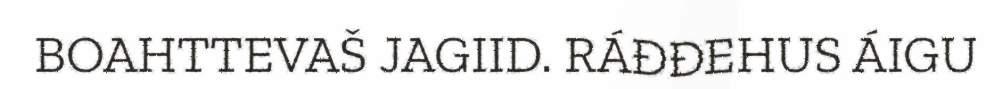
BOAHTTEVAŠ JAGIID. RÁĐĐEHUS ÁIGU